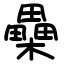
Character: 櫐